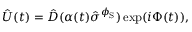
\hat { U } ( t ) = \hat { D } ( \alpha ( t ) \hat { \sigma } ^ { \phi _ { \mathrm { S } } } ) \exp ( i \Phi ( t ) ) ,